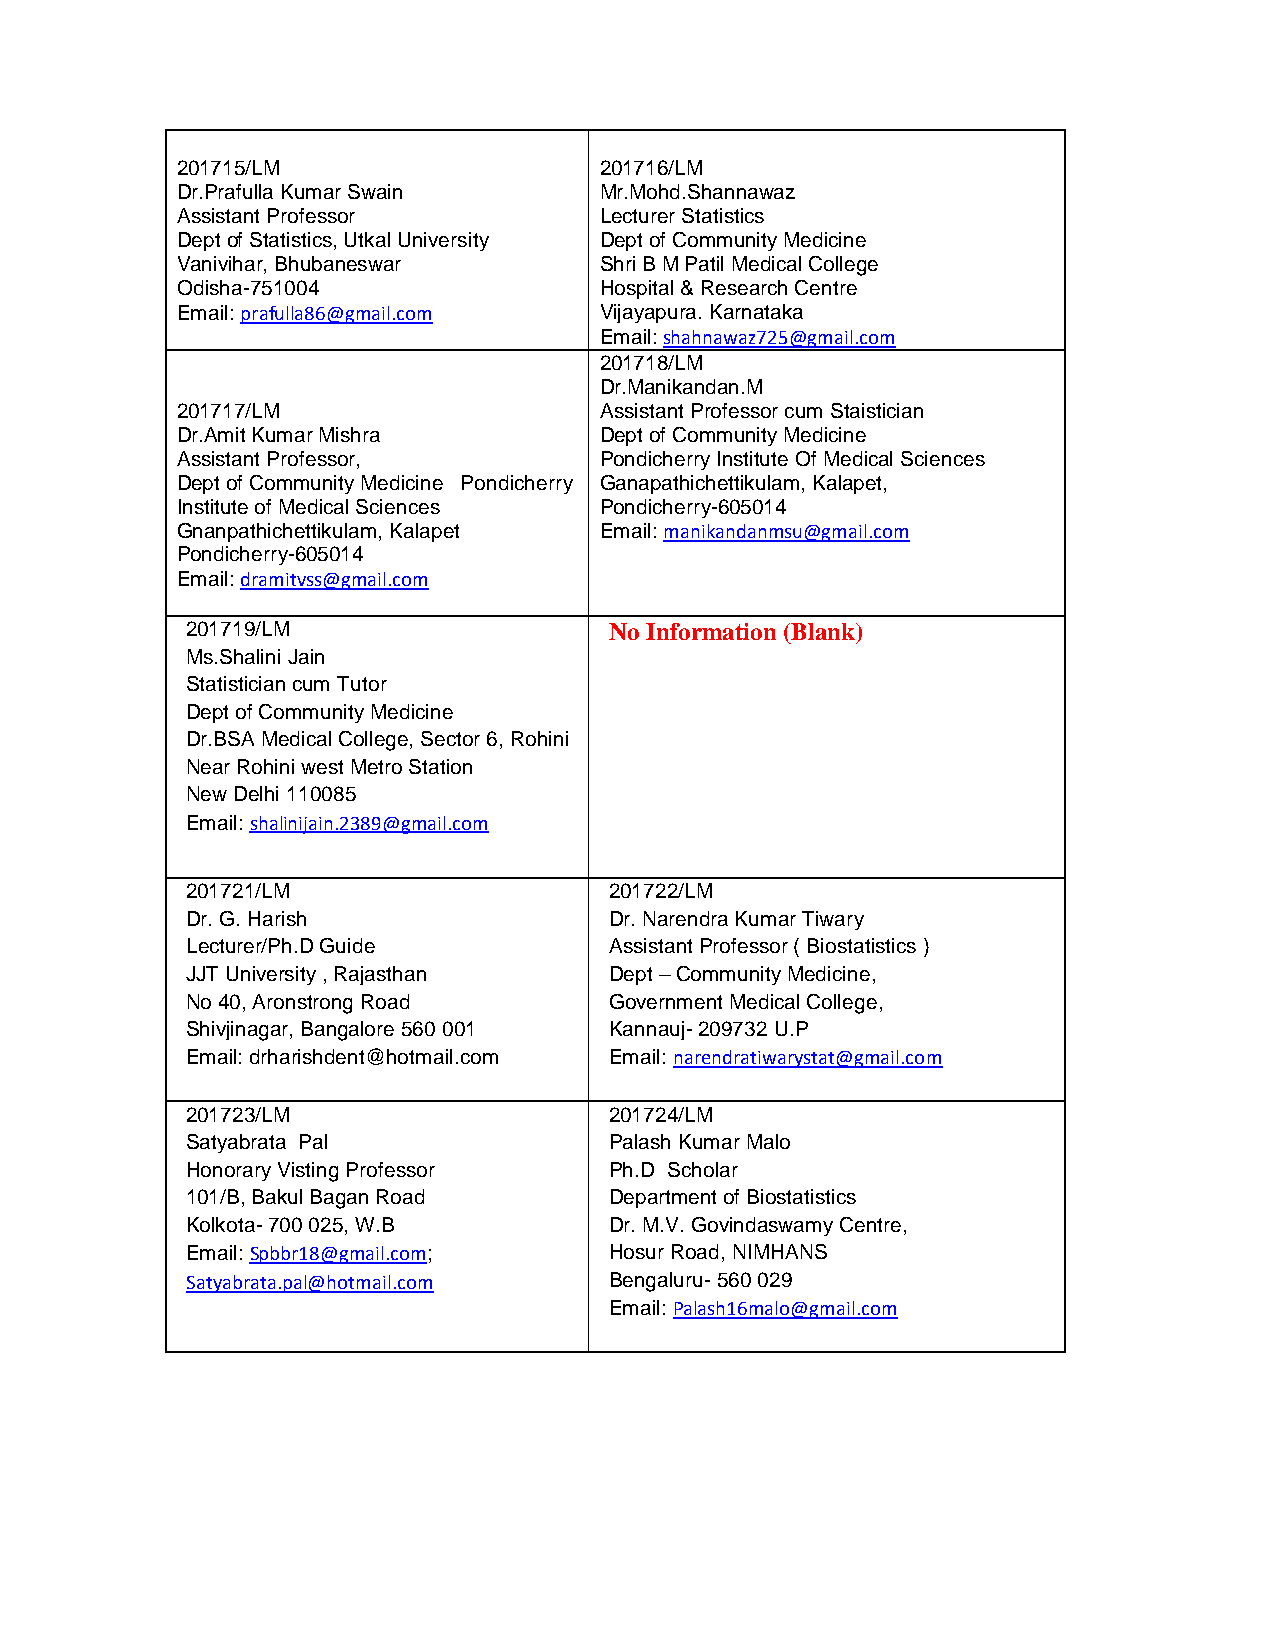
201715/LM                   201716/LM
 Dr.Prafulla Kumar Swain     Mr.Mohd.Shannawaz
 Assistant Professor         Lecturer Statistics
 Dept of Statistics, Utkal University Dept of Community Medicine
 Vanivihar, Bhubaneswar      Shri B M Patil Medical College
 Odisha-751004               Hospital & Research Centre
 Email: prafulla86@gmail.com Vijayapura. Karnataka
 Email: shahnawaz725@gmail.com
 201718/LM
 Dr.Manikandan.M
 201717/LM                   A s sistant Professor cum Staistician
 Dr.Amit Kumar Mishra        Dept of Community Medicine
 Assistant Professor,        Pondicherry Institute Of Medical Sciences
 Dept of Community Medicine Pondicherry Ganapathichettikulam, Kalapet,
 Institute of Medical Sciences Pondicherry-605014
 Gnanpathichettikulam, Kalapet Email: manikandanmsu@gmail.com
 Pondicherry-605014
 Email: dramitvss@gmail.com
 201719/LM                   No Information (Blank)
 Ms.Shalini Jain
 Statistician cum Tutor
 Dept of Community Medicine
 Dr.BSA Medical College, Sector 6, Rohini
 Near Rohini west Metro Station
 New Delhi 110085
 Email: shalinijain.2389@gmail.com
 201721/LM                   201722/LM
 Dr. G. Harish               Dr. Narendra Kumar Tiwary
 Lecturer/Ph.D Guide         Assistant Professor ( Biostatistics )
 JJT University , Rajasthan  Dept – Community Medicine,
 No 40, Aronstrong Road      Government Medical College,
 Shivjinagar, Bangalore 560 001 Kannauj- 209732 U.P
 Email: drharishdent@hotmail.com Email: narendratiwarystat@gmail.com
 201723/LM                   201724/LM
 Satyabrata Pal              Palash Kumar Malo
 Honorary Visting Professor  Ph.D Scholar
 101/B, Bakul Bagan Road     Department of Biostatistics
 Kolkota- 700 025, W.B       Dr. M.V. Govindaswamy Centre,
 Email: Spbbr18@gmail.com;   Hosur Road, NIMHANS
 Satyabrata.pal@hotmail.com  Bengaluru- 560 029
 Email: Palash16malo@gmail.com